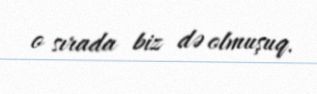
o sırada biz də olmuşuq.